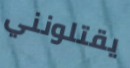
يقتلونني